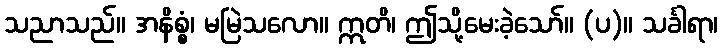
သညာသည်။ အနိစ္စံ၊ မမြဲသလော။ ဣတိ၊ ဤသို့မေးခဲ့သော်။ (ပ)။ သင်္ခါရာ၊